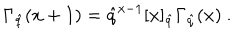
LaTeX: \Gamma _ { \hat { q } } ( x + 1 ) = \hat { q } ^ { x - 1 } [ x ] _ { \hat { q } } \Gamma _ { \hat { q } } ( x ) ~ .